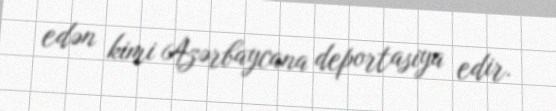
edən kimi Azərbaycana deportasiya edir.